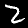
Digit: 2